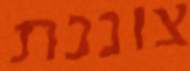
צוננת